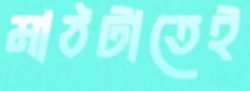
মাঠটাতেই